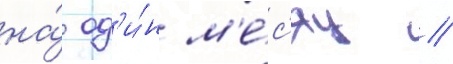
на́ од'и́н м'е́с'яц //